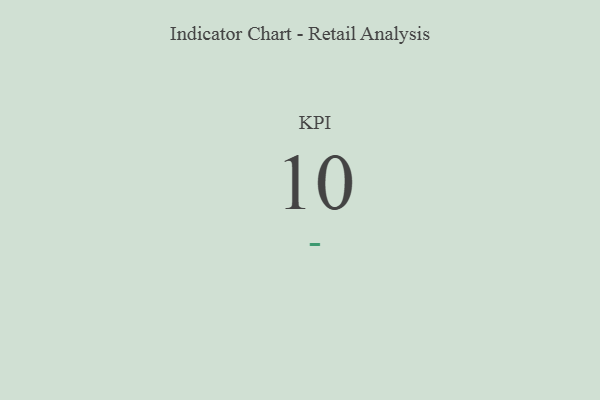
{"axis": {"x": "KPI", "y": "Value"}, "legend": [""], "data": [{"x": "KPI", "y": 10, "type": ""}]}